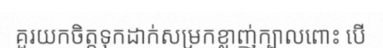
គួរយកចិត្តទុកដាក់សម្រកខ្លាញ់ក្បាលពោះ បើ